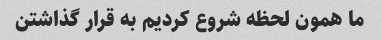
ما همون لحظه شروع کردیم به قرار گذاشتن